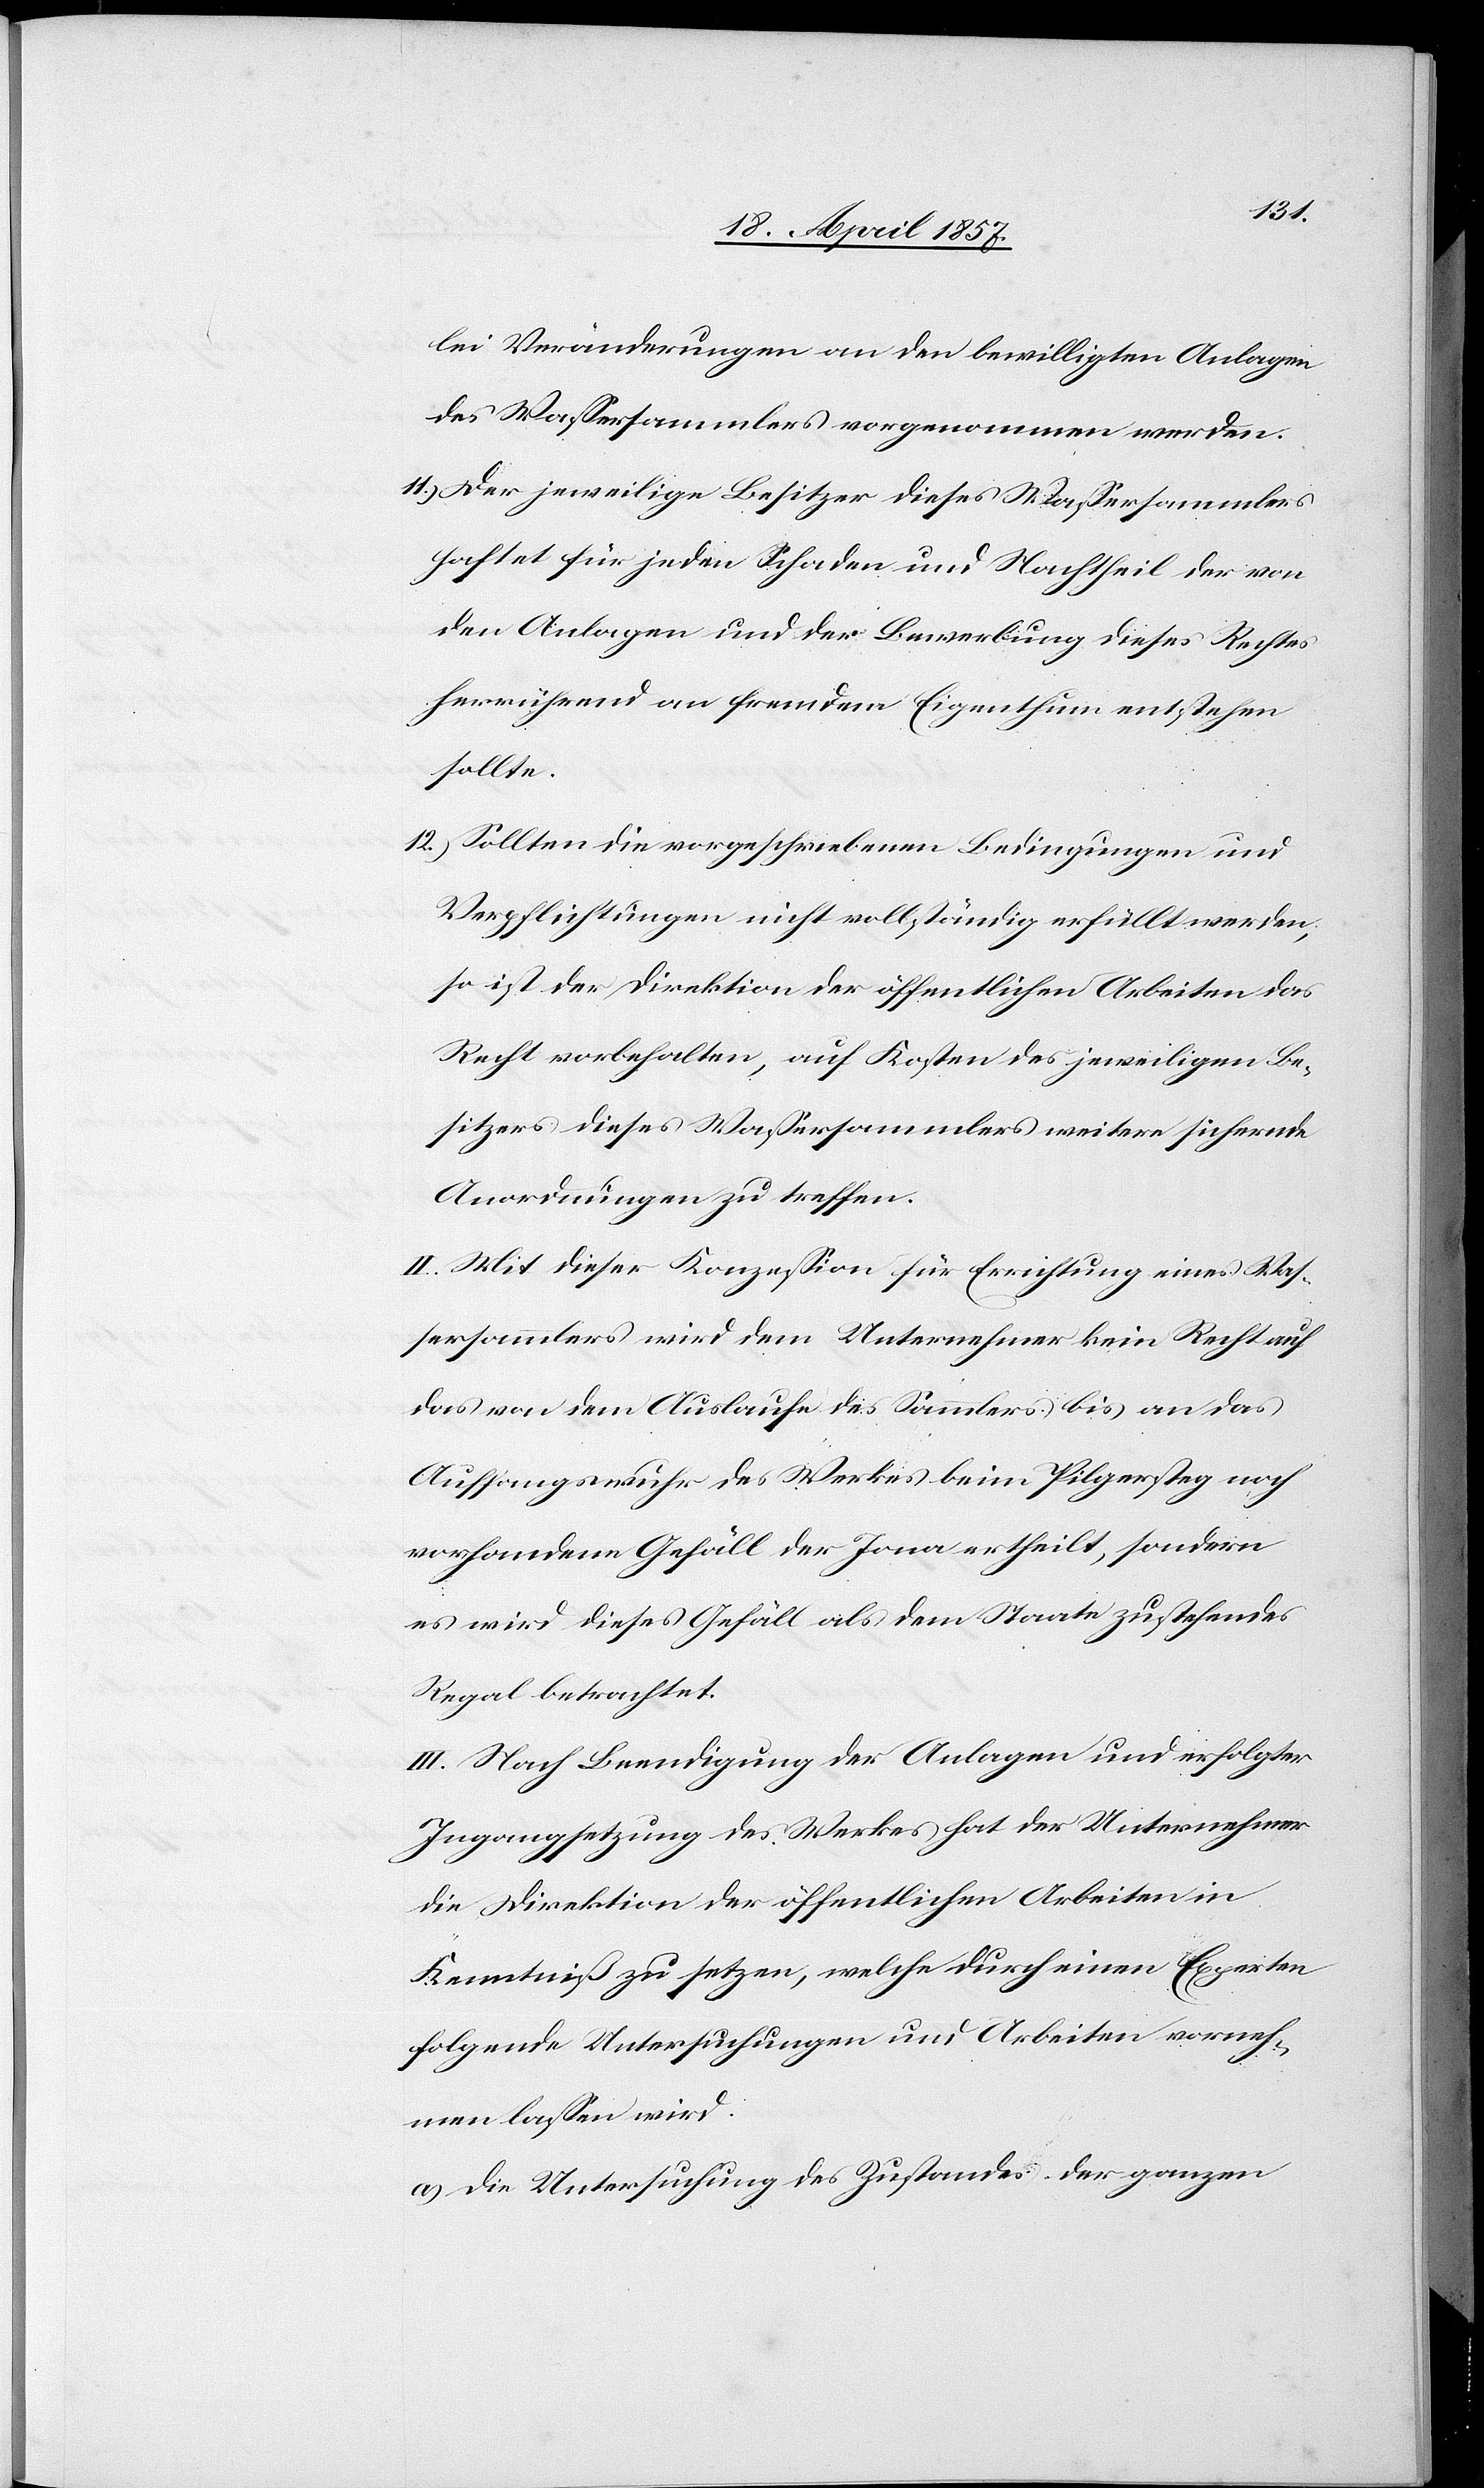
lei Veränderungen an den bewilligten Anlagen
des Wassersammlers vorgenommen werden.
11.) Der jeweilige Besitzer dieses Wassersammlers
haftet für jeden Schaden und Nachtheil der von
den Anlagen und der Bewerbung dieses Rechtes
herrührend an fremdem Eigenthum entstehen
sollte.
12.) Sollten die vorgeschriebenen Bedingungen und
Verpflichtungen nicht vollständig erfüllt werden,
so ist der Direktion der öffentlichen Arbeiten das
Recht vorbehalten, auf Kosten des jeweiligen Be¬
sitzers dieses Wassersammlers weiter sichernde
Anordnungen zu treffen.
II. Mit dieser Konzession für Errichtung eines Was¬
sersammlers wird dem Unternehmer kein Recht auf
das von dem Auslaufe des Sammlers bis an das
Auffangswuhr des Werkes beim Pilgersteg noch
vorhandene Gefäll der Jona ertheilt, sondern
es wird dieses Gefäll als dem Staate zustehendes
Regal betrachtet.
III. Nach Beendigung der Anlagen und erfolgter
Ingangsetzung des Werkes hat der Unternehmer
die Direktion der öffentlichen Arbeiten in
Kenntniß zu setzen, welche durch einen Experten
folgende Untersuchungen und Arbeiten vorneh¬
men lassen wird:
a) Die Untersuchung des Zustandes der ganzen